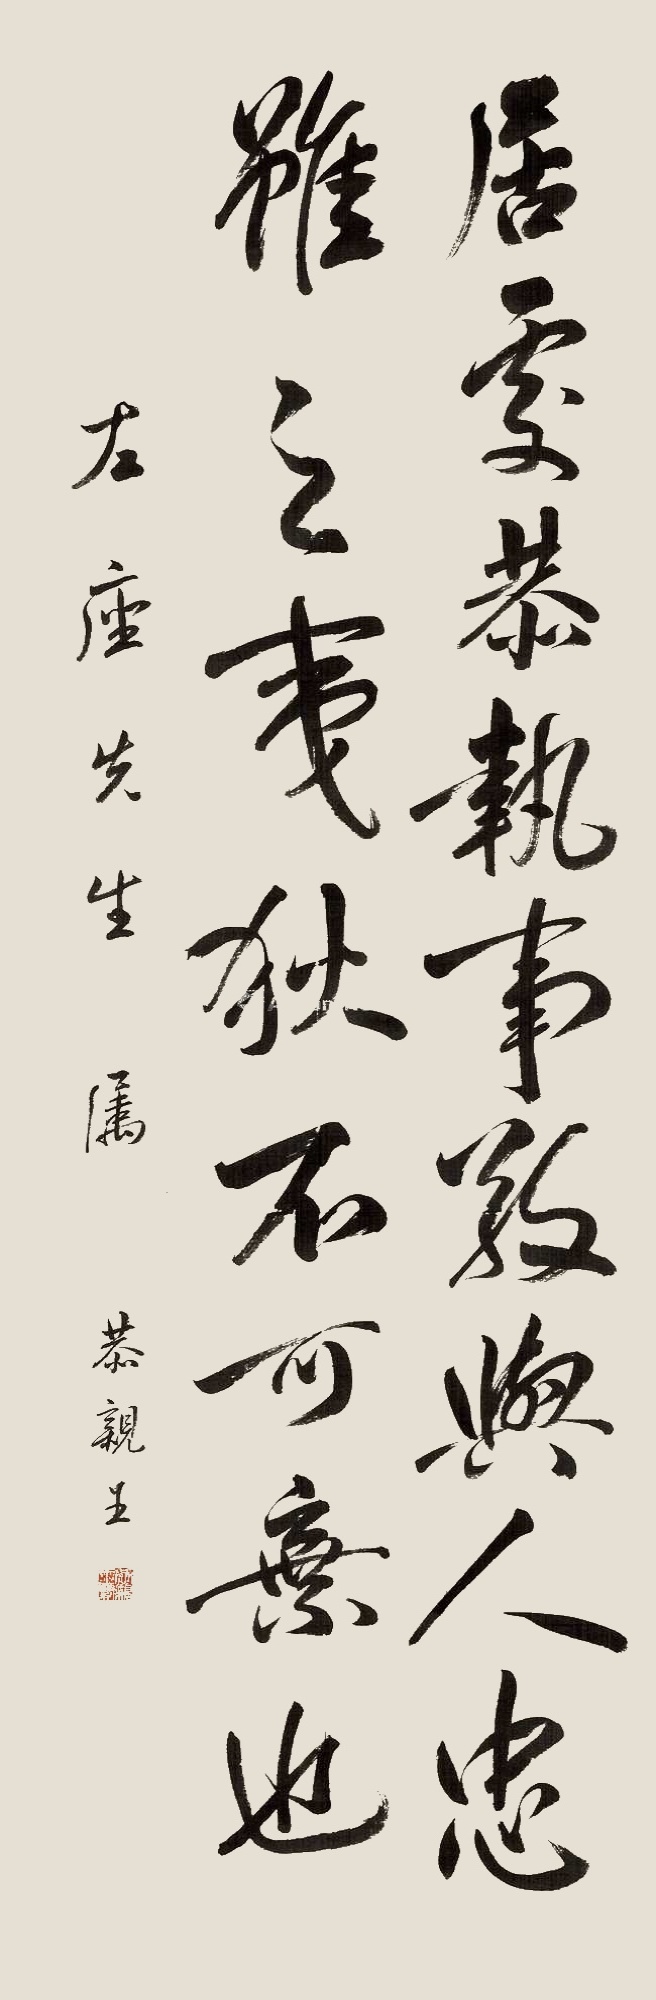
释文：居处恭，执事敬，与人忠。虽之夷狄，不可弃也。左座先生属。恭亲王。